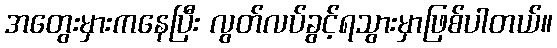
အတွေးမှားကနေပြီး လွတ်လပ်ခွင့်ရသွားမှာဖြစ်ပါတယ်။